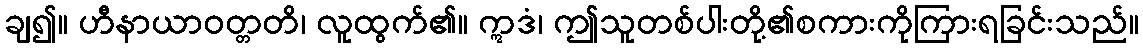
ချ၍။ ဟီနာယာဝတ္တတိ၊ လူထွက်၏။ ဣဒံ၊ ဤသူတစ်ပါးတို့၏စကားကိုကြားရခြင်းသည်။